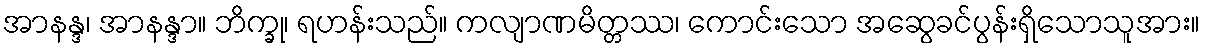
အာနန္ဒ၊ အာနန္ဒာ။ ဘိက္ခု၊ ရဟန်းသည်။ ကလျာဏမိတ္တဿ၊ ကောင်းသော အဆွေခင်ပွန်းရှိသောသူအား။